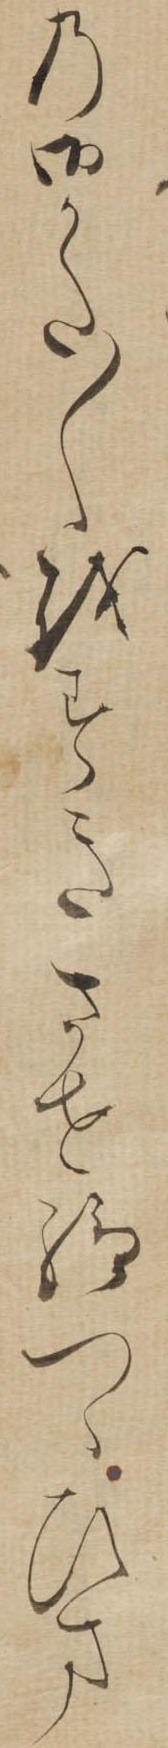
の御かた〱をすきさせ給つゝひま